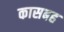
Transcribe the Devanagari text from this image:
कासबह